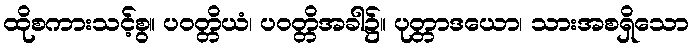
ထိုစကားသင့်စွ။ ပဝတ္တိယံ၊ ပဝတ္တိအခါ၌။ ပုတ္တာဒယော၊ သားအစရှိသော